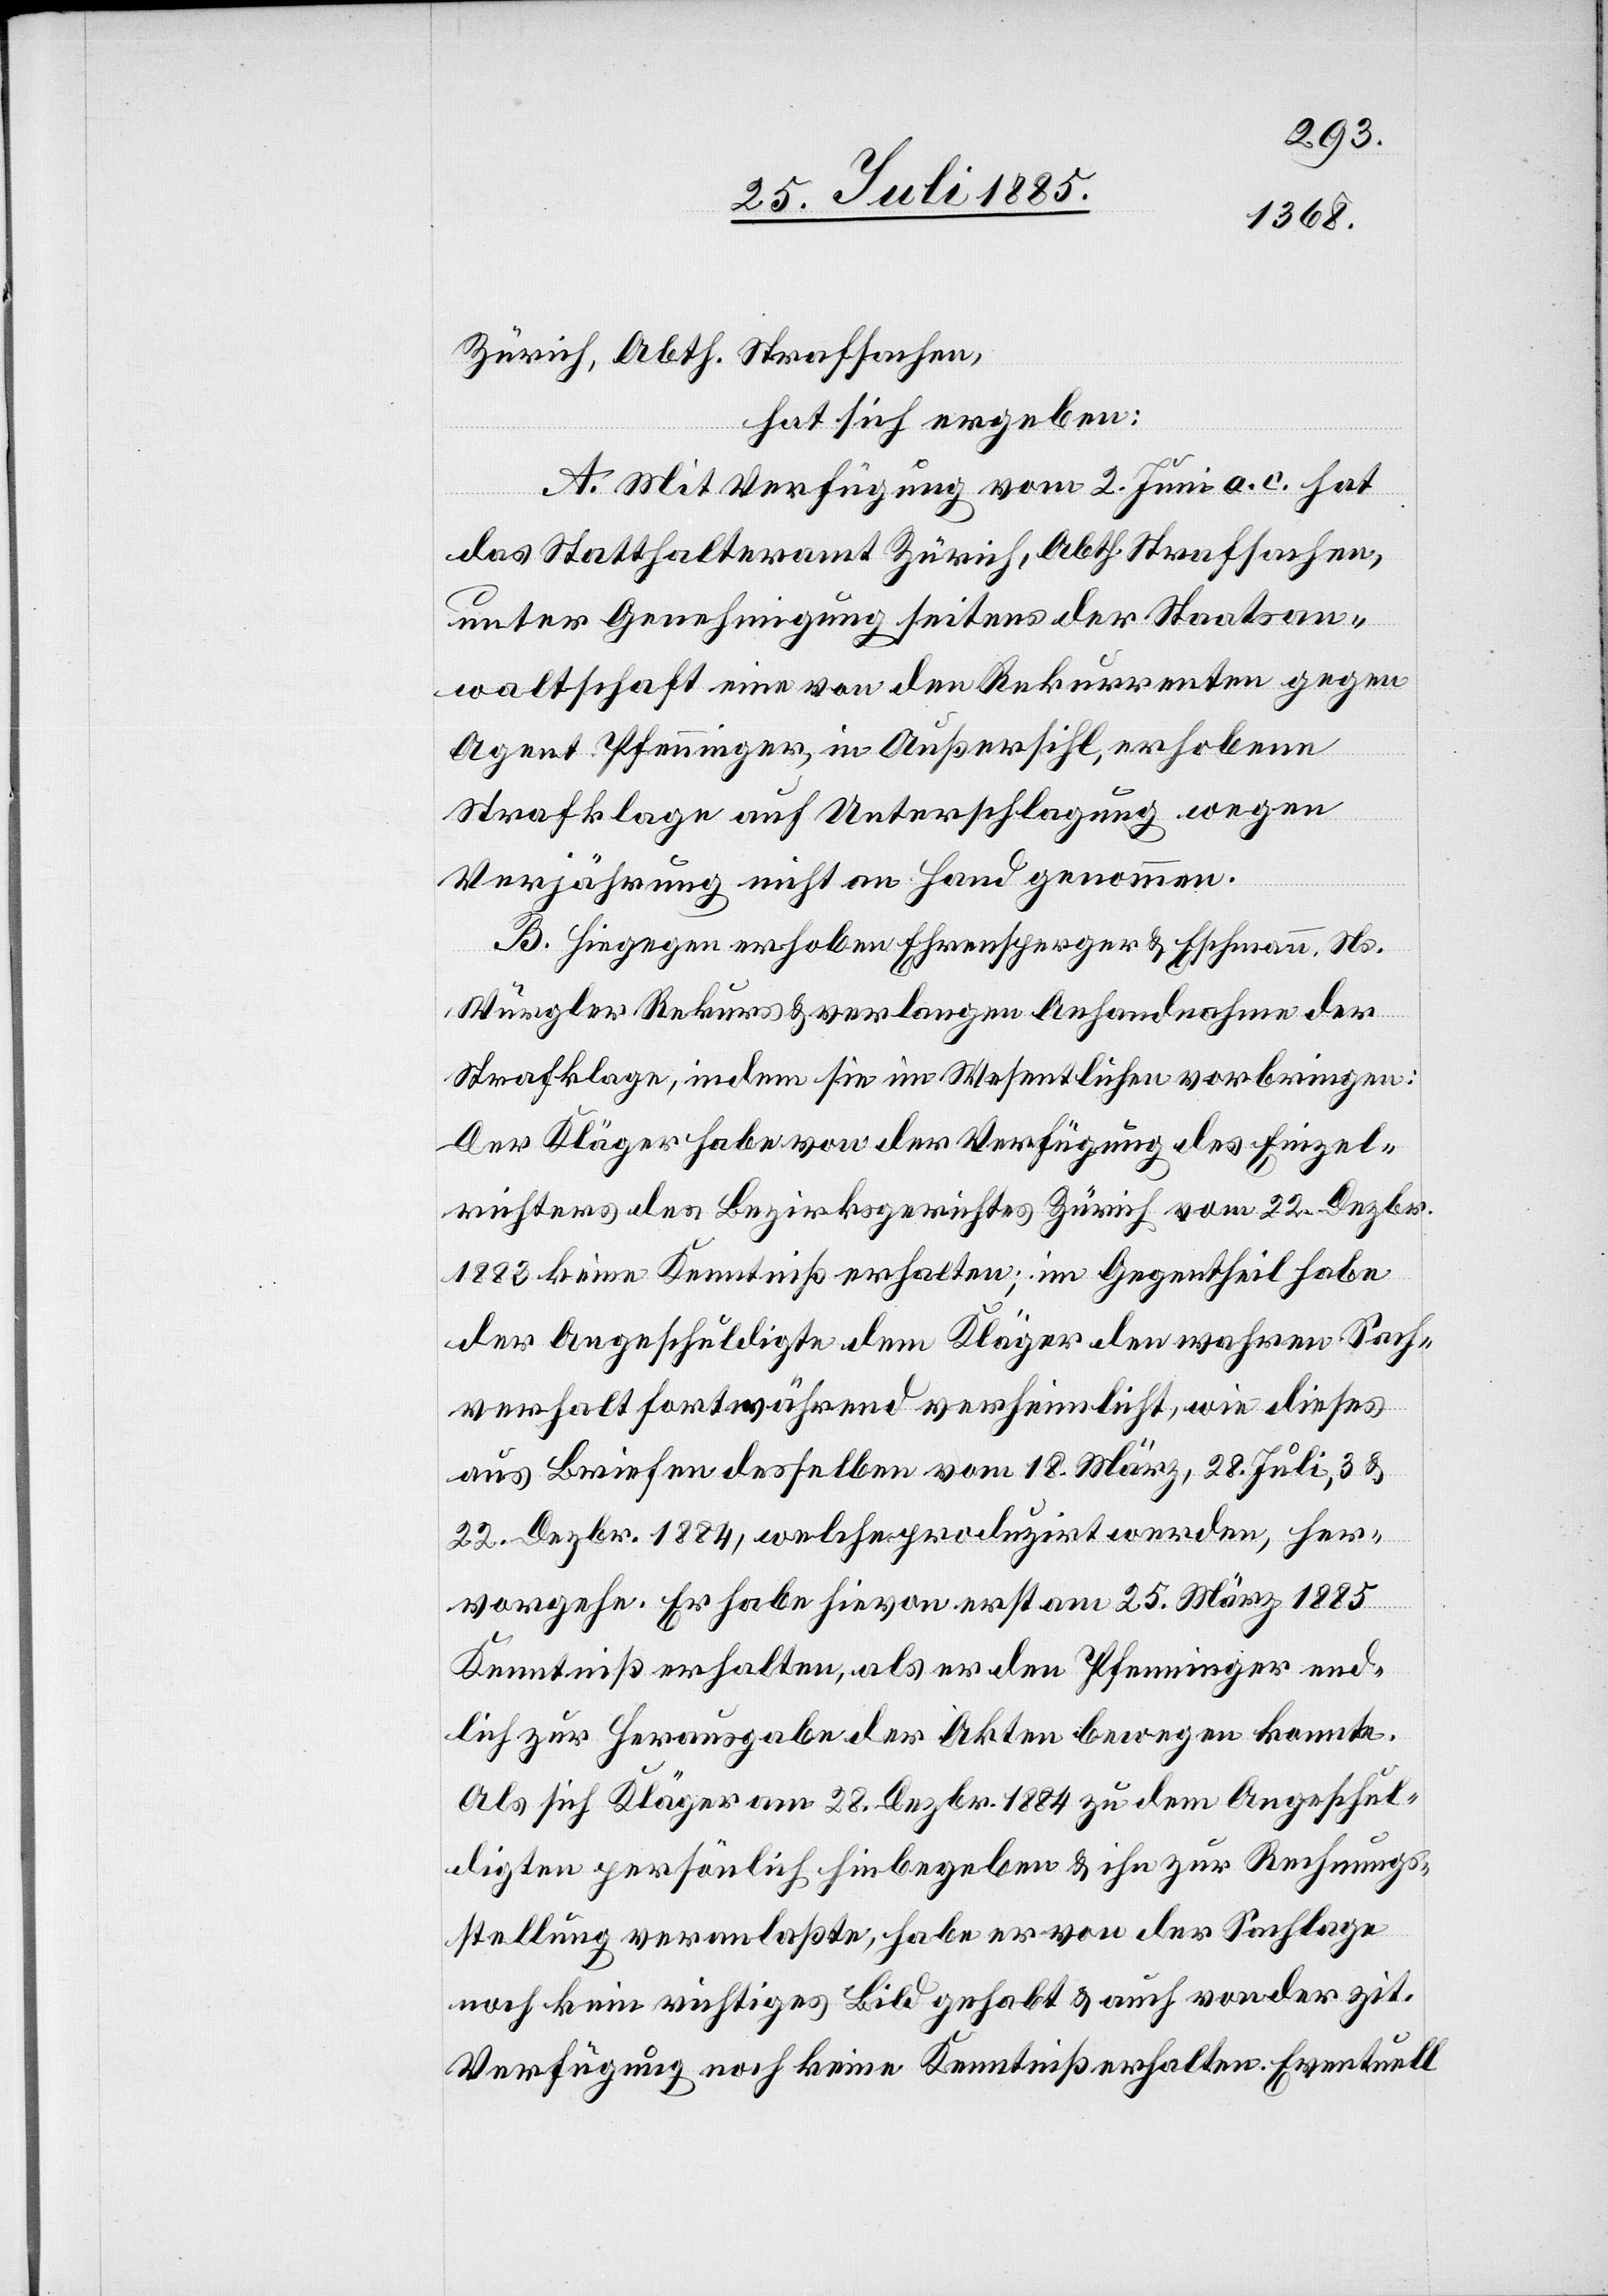
Zürich, Abth. Strafsachen,
hat sich ergeben:
A. Mit Verfügung vom 2. Juni a. c. hat
das Statthalteramt Zürich, Abth. Strafsachen,
unter Genehmigung seitens der Staatsan¬
waltschaft eine von den Rekurrenten gegen
Agent Pfenninger, in Außersihl, erhobene
Strafklage auf Unterschlagung wegen
Verjährung nicht an Hand genommen.
B. Hiegegen erhoben Ehrensperger & Eschmann Ns.
Würgler Rekurs & verlangen Anhandnahme der
Strafklage, indem sie im Wesentlichen vorbringen:
Der Kläger habe von der Verfügung des Einzel¬
richters des Bezirksgerichtes Zürich vom 22. Dezbr.
1883 keine Kenntniß erhalten; im Gegentheil habe
der Angeschuldigte dem Kläger den wahren Sach¬
verhalt fortwährend verheimlicht, wie dieses
aus Briefen desselben vom 18. März, 28. Juli, 3. &
22. Dezbr. 1884, welche produzirt werden, her¬
vorgehe. Er habe hievon erst am 25. März 1885
Kenntniß erhalten, als er den Pfenninger end¬
lich zur Herausgabe der Akten bewegen konnte.
Als sich Kläger am 28. Dezbr. 1884 zu dem Angeschul¬
digten persönlich hinbegeben & ihn zur Rechnungs¬
stellung veranlaßte, habe er von der Sachlage
noch kein richtiges Bild gehabt & auch von der zit.
Verfügung noch keine Kenntniß erhalten. Eventuell